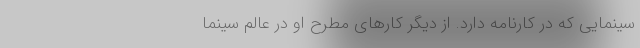
سینمایی که در کارنامه دارد. از دیگر کارهای مطرح او در عالم سینما